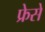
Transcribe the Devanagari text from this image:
फ्रेसे